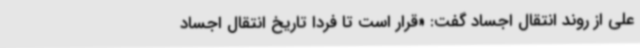
علی از روند انتقال اجساد گفت: «قرار است تا فردا تاریخ انتقال اجساد